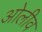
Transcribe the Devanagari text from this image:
ओलीव